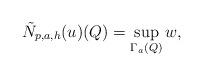
LaTeX: \begin{align*}\tilde{N}_{p,a,h}(u)(Q) = \sup_{\Gamma_a(Q)}w,\end{align*}